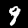
Label: 9